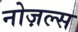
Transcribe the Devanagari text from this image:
नोज़ल्स